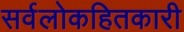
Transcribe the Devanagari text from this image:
सर्वलोकहितकारी